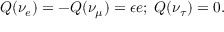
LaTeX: Q ( \nu _ { e } ) = - Q ( \nu _ { \mu } ) = \epsilon e ; \; Q ( \nu _ { \tau } ) = 0 .